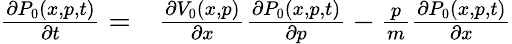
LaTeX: \begin{array}{rl}{\frac{\partial P_{0}(x,p,t)}{\partial t}=}&{{}\frac{\partial V_{0}(x,p)}{\partial x}\frac{\partial P_{0}(x,p,t)}{\partial p}-\frac{p}{m}\frac{\partial P_{0}(x,p,t)}{\partial x}}\end{array}